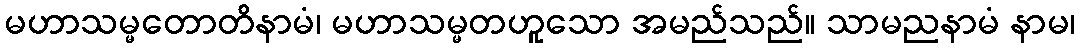
မဟာသမ္မတောတိနာမံ၊ မဟာသမ္မတဟူသော အမည်သည်။ သာမညနာမံ နာမ၊